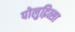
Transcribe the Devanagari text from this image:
पोलुद्नित्सा